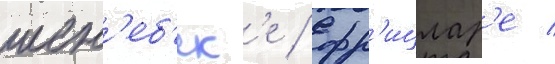
шен'еб'ек'е / фр'ицлар'е /